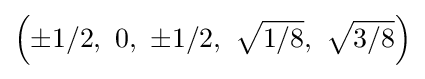
\left(\pm 1/2,\ 0,\ \pm 1/2,\ {\sqrt {1/8}},\ {\sqrt {3/8}}\right)